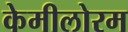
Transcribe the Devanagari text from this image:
केमीलोरम